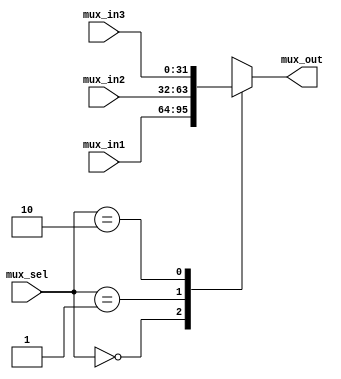
module mux3way_32bit(mux_out, mux_in1, mux_in2, mux_in3, mux_sel);

input [31:0] mux_in1, mux_in2, mux_in3;
output reg [31:0] mux_out;
input [1:0] mux_sel;

always@(mux_in1 or mux_in2 or mux_in3 or mux_sel)
begin
	case(mux_sel)
	2'b00: mux_out = mux_in1;	
	2'b01: mux_out = mux_in2;
	2'b10: mux_out = mux_in3;
	default: mux_out = 32'dx;
	endcase 
end

endmodule